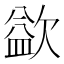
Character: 𣣼